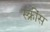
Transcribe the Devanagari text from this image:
स्क्रींस